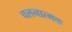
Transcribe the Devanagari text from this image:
चलनात्मक